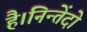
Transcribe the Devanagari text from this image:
है।निन्तेंदो